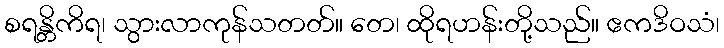
စရန္တိကိရ၊ သွားလာကုန်သတတ်။ တေ၊ ထိုရဟန်းတို့သည်။ ဧကဒိဝသံ၊